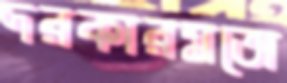
দরকারমতো